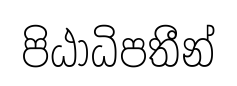
පිඨාධිපතීන්